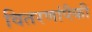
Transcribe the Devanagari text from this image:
वितरणांपैकी